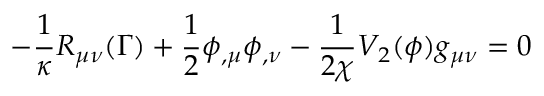
- \frac { 1 } { \kappa } R _ { \mu \nu } ( { \Gamma } ) + \frac { 1 } { 2 } \phi _ { , \mu } \phi _ { , \nu } - \frac { 1 } { 2 \chi } V _ { 2 } ( \phi ) g _ { \mu \nu } = 0